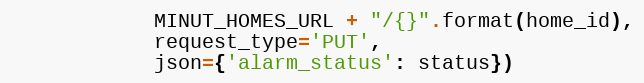
Language: Python
            MINUT_HOMES_URL + "/{}".format(home_id),
            request_type='PUT',
            json={'alarm_status': status})